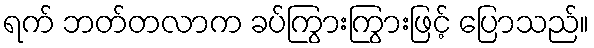
ရက် ဘတ်တလာက ခပ်ကြွားကြွားဖြင့် ပြောသည်။